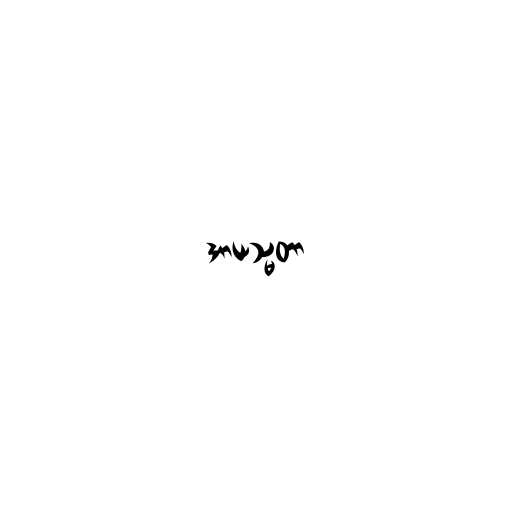
အာယသ္မတာ